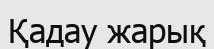
Қадау жарық